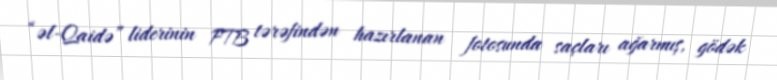
“əl-Qaidə” liderinin FTB tərəfindən hazırlanan fotosunda saçları ağarmış, gödək